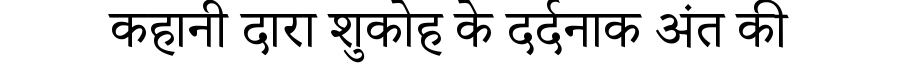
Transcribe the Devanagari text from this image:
कहानी दारा शुकोह के दर्दनाक अंत की